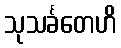
သုသင်္ခတေဟိ